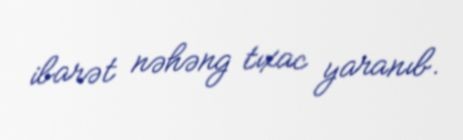
ibarət nəhəng tıxac yaranıb.